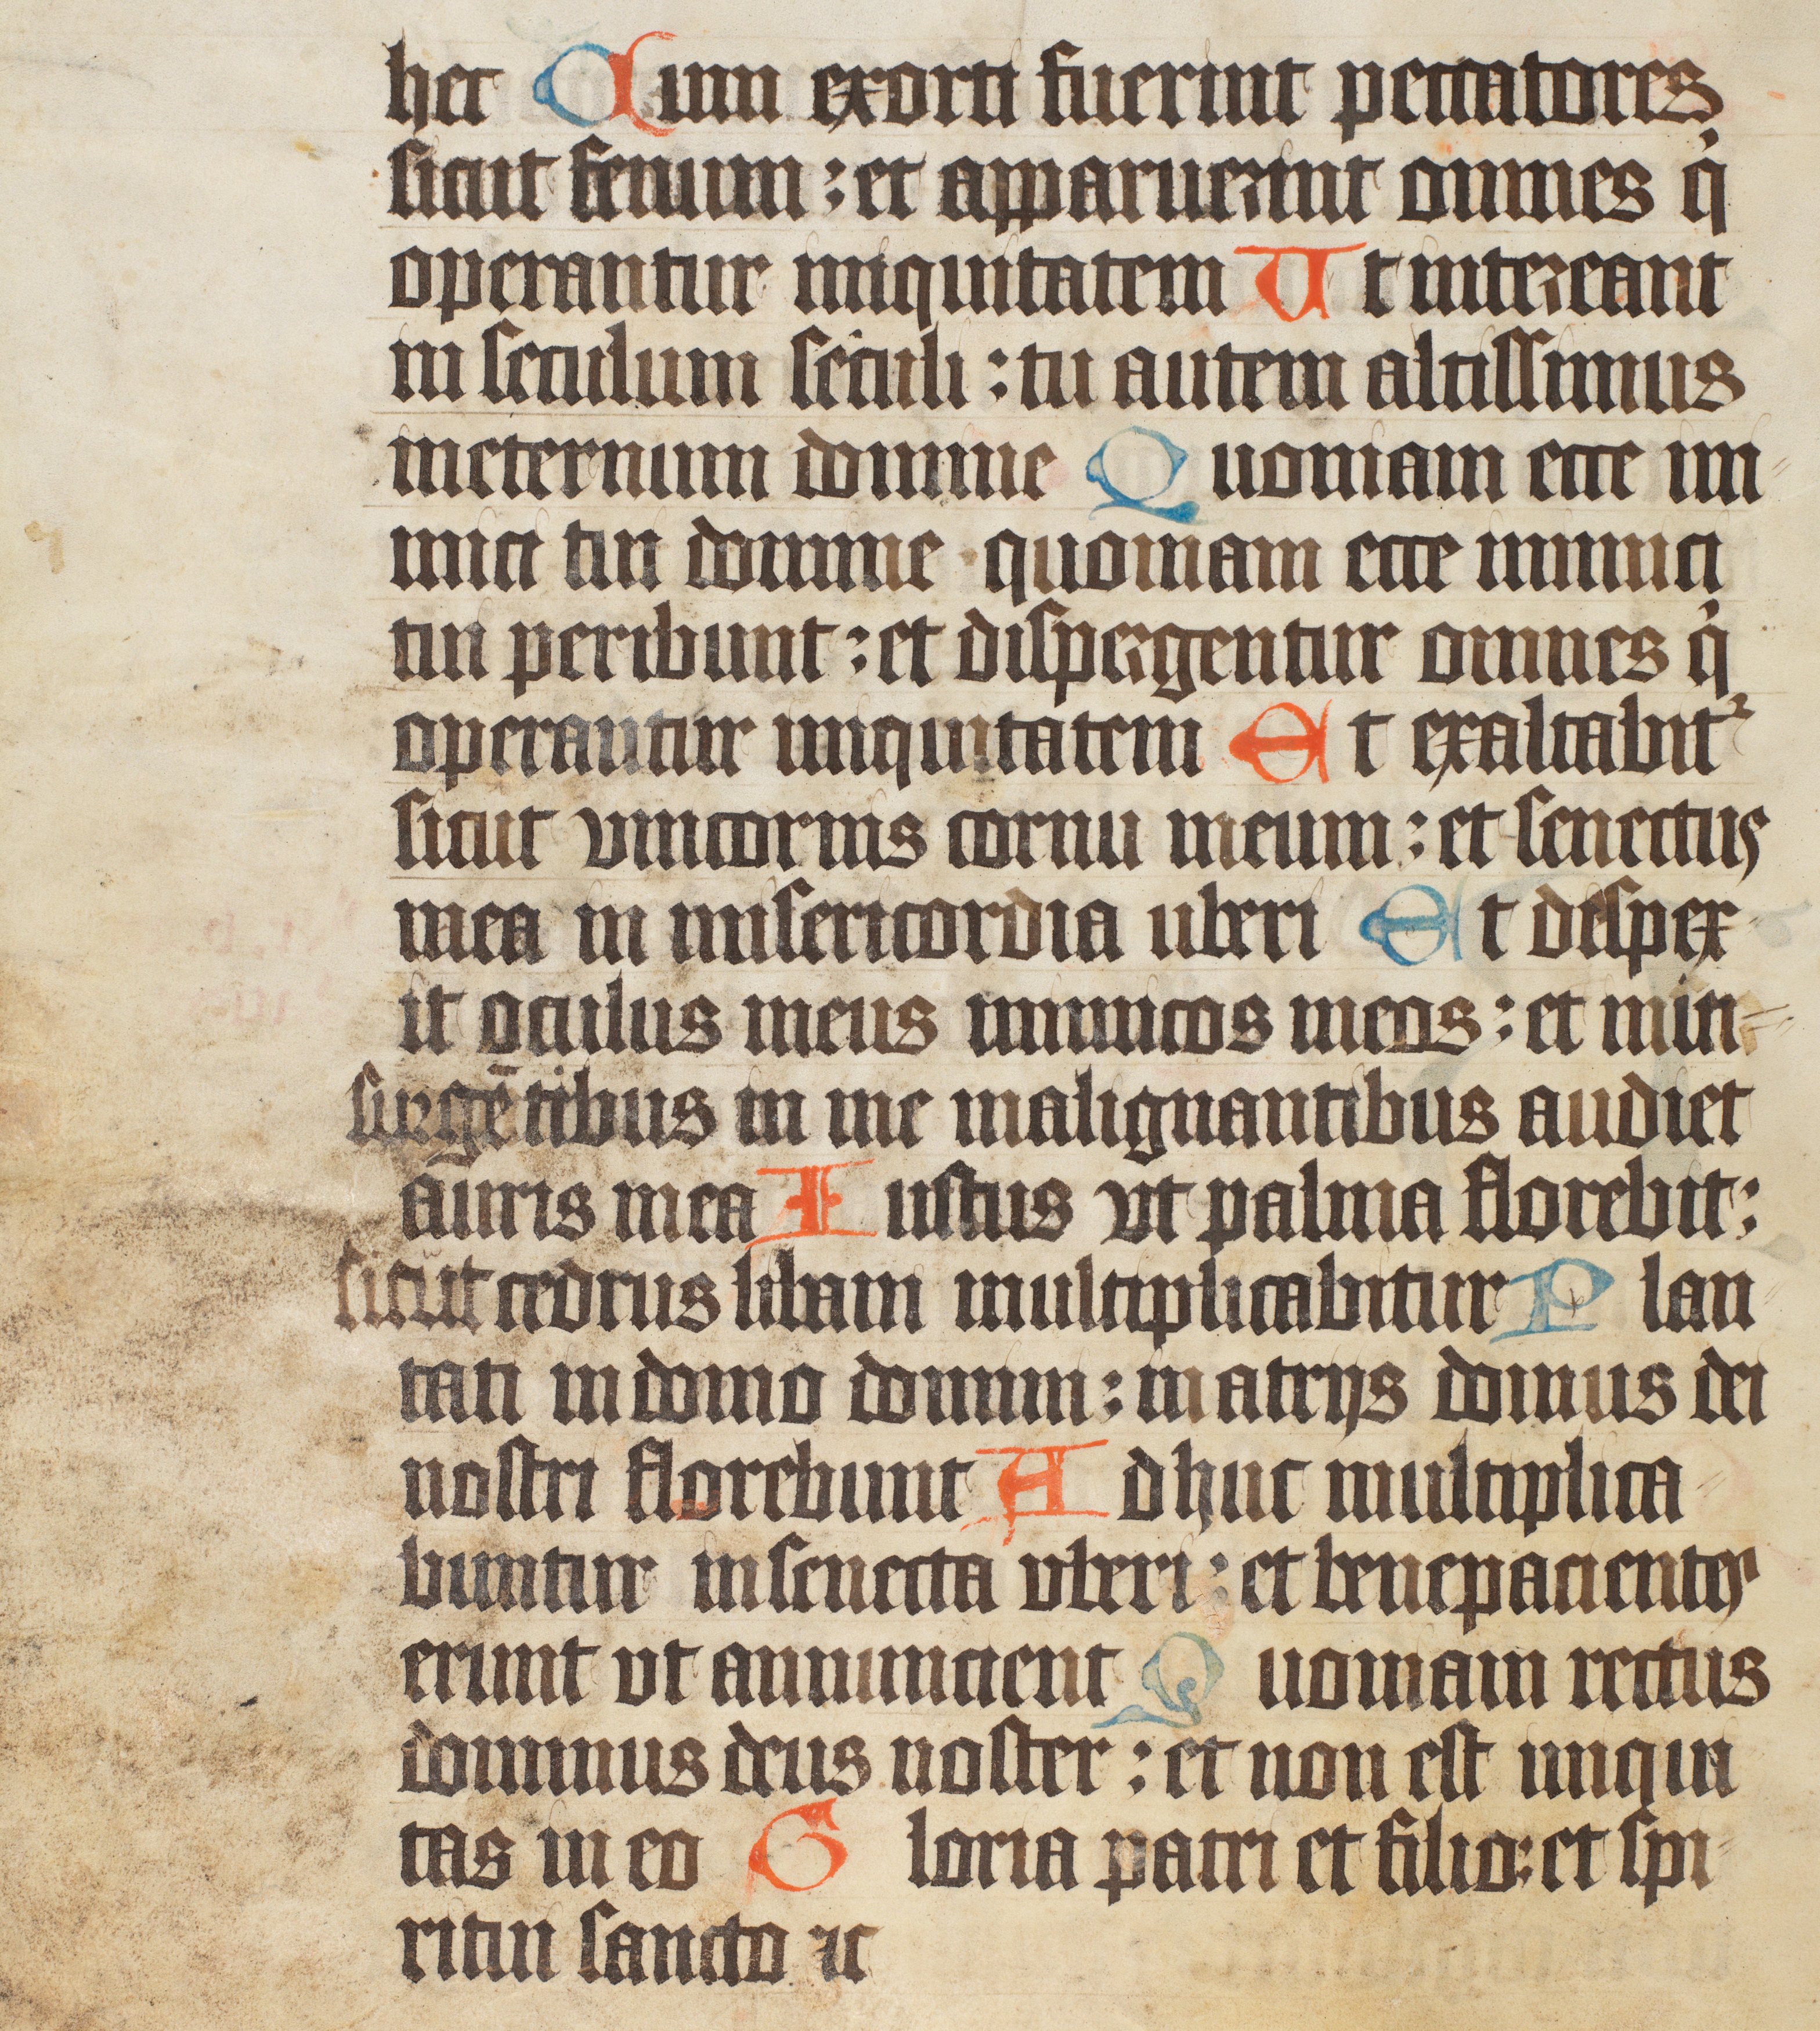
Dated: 1400–1499